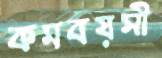
কমবয়সী